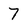
Character: 7